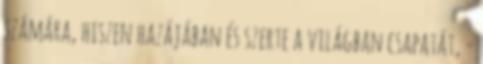
számára, hiszen hazájában és szerte a világban csapatát, -